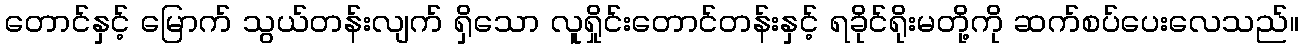
တောင်နှင့် မြောက် သွယ်တန်းလျက် ရှိသော လူရှိုင်းတောင်တန်းနှင့် ရခိုင်ရိုးမတို့ကို ဆက်စပ်ပေးလေသည်။